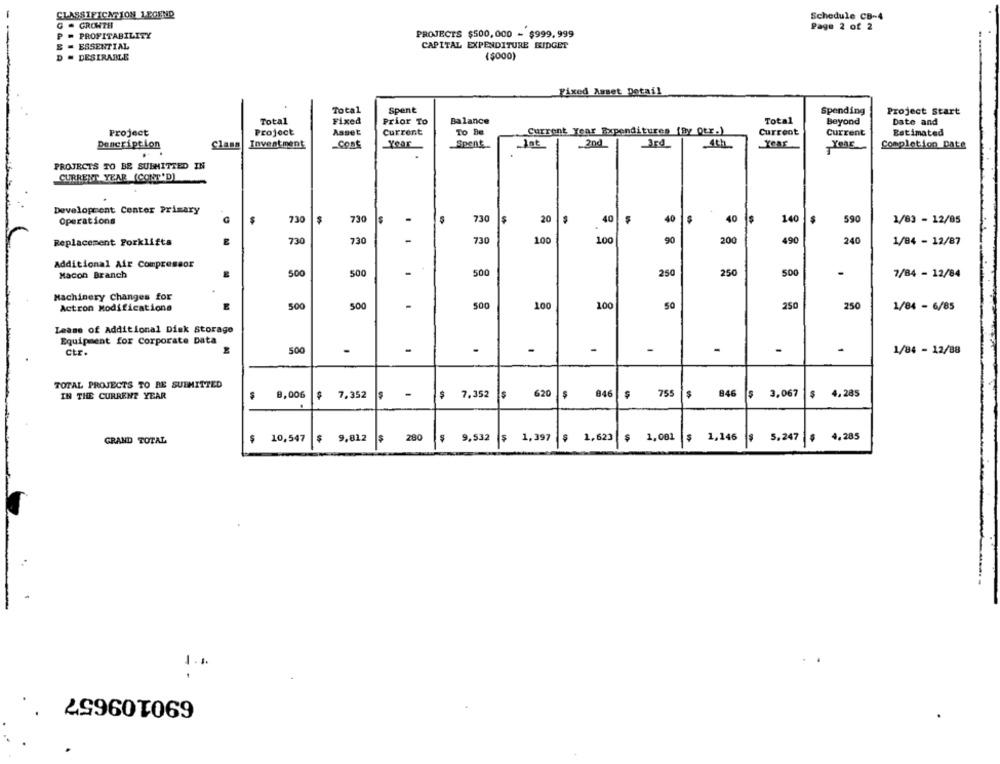
CLASSIFICATION 1 POUND
Schedule CB-4
G = GROWTH
Page 2 of 2
P - PROFITABILITY
PROJECTS $500,000 - $999.999
E = ESSENTIAL
CAPITAL EXPENDITURE KIDGET
D - DESIRABLE
($000)
Fixed Asset Detail
Total
Spent
Spending
Project Start
Total
Fixed
Prior To
Balance
Total
Beyond
Date and
Project
To Be
Current Year Expenditures (By Qtr.)
Current
Project
Asset
Current
Current
Estimated
Description
Class
Investment
Cont
Year
Spens.
Jat
4th
Completion Date
THE
PROJECTS TO BE SUBMITTED IN
CURRENT YEAR (CONT'D)
Development Center Primary
Operations
730
$
730
730
20
40
40
40
$
140
590
1/83 - 12/05
Replacement Forklifts
730
730
730
100
100
90
200
490
240
1/84 - 12/87
Additional Air Compressor
Macon Branch
500
500
500
250
250
500
.
7/84 - 12/84
Machinery Changes for
500
500
500
100
100
50
250
250
Actron Modifications
1/84 - 6/85
Lease of Additional Disk Storage
Equipment for Corporate Data
ctr.
500
.
-
-
-
-
1/84 - 12/88
TOTAL PROJECTS TO BE SUBMITTED
IN THE CURRENT YEAR
9,006
7.352
Is
-
$ 7.352
620
846
755
$
846
$ 3.067
$ 4.285
$ 1,146
GRAND TOTAL
$
10,547
$ 9,812
280
9,532
$
1,397
1,623
$ 1,001
$ 5.247 $ 4,285
1.1.
690109657